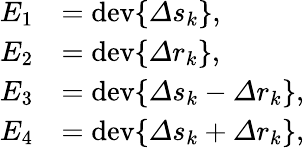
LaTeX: \begin{array}{rl}{E_{1}}&{=\mathrm{dev}\{ \varDelta s_{k}\} ,}\\ {E_{2}}&{=\mathrm{dev}\{ \varDelta r_{k}\} ,}\\ {E_{3}}&{=\mathrm{dev}\{ \varDelta s_{k}-\varDelta r_{k}\} ,}\\ {E_{4}}&{=\mathrm{dev}\{ \varDelta s_{k}+\varDelta r_{k}\} ,}\end{array}